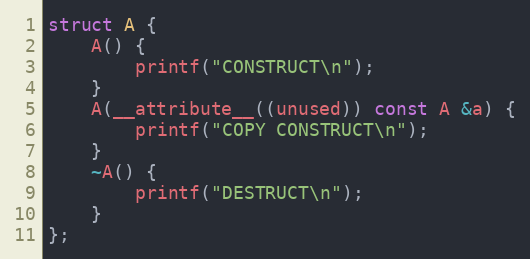
Language: C++
struct A {
    A() {
        printf("CONSTRUCT\n");
    }
    A(__attribute__((unused)) const A &a) {
        printf("COPY CONSTRUCT\n");
    }
    ~A() {
        printf("DESTRUCT\n");
    }
};